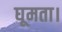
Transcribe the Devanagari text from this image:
घूमता।